system: You are a helpful assistant.
user:
Analyze the provided spectrum to determine if it is a **White Dwarf (WD)**.

A White Dwarf spectrum is defined by its **extreme purity** (due to gravitational settling) and/or **extreme pressure broadening** (due to high surface gravity). You must check for one of the following mutually exclusive signatures:

- **Key Visual Indicators (Check for ONE of these types):**

    - **1. DA-Type Signature (Most Common):**
        - **(Primary Feature):** Extreme pressure broadening (Stark broadening) of the **Hydrogen (H) Balmer lines**.
        - **(Key Lines):** $H\beta$ (approx. $4861$ Å) and $H\gamma$ (approx. $4340$ Å). $H\alpha$ (approx. $6563$ Å) will also be present if the wavelength range covers it.
        - **(Line Profile):** This is the **defining feature**. The lines are **NOT** sharp. They appear as massive, **extremely broad and deep "troughs" or "dips"** in the spectrum, often hundreds of Ångströms wide. The continuum will appear to "scoop" down at these wavelengths.
        - **(Distinction):** Normal A-type or B-type stars have *narrow* and *sharp* Hydrogen lines. A DA White Dwarf's lines are unmistakably "smeared" or "blurry" from pressure.

    - **2. DB-Type Signature:**
        - **(Primary Feature):** Broad absorption lines from **Neutral Helium (He I)**. The spectrum must lack any visible Hydrogen lines.
        - **(Key Lines):** Look for broad absorption near $4471$ Å, $4921$ Å, and $5876$ Å.
        - **(Line Profile):** These lines are also significantly pressure-broadened, appearing much wider than they would in a normal B-type main-sequence star.

    - **3. DC-Type Signature:**
        - **(Primary Feature):** A **featureless continuous spectrum**.
        - **(Line Profile):** The spectrum is a smooth curve with **no significant absorption or emission lines**.
        - **(Key Confirmation):** The continuum is almost always **blue or white**, indicating a hot object. This signature implies the atmosphere is so pure (or so cool) that no spectral lines are visible in the optical range. Its WD identity is confirmed by its extremely low intrinsic brightness (high absolute magnitude).

    - **4. DZ-Type Signature (Metal-Polluted):**
        - **(Primary Feature):** **Isolated, narrow metal absorption lines** on an otherwise featureless (DC-like) continuum.
        - **(Key Lines):** The **Calcium (Ca II) H & K doublet** (approx. **$3934$ Å** and **$3968$ Å**) is the most common and defining feature.
        - **(Line Profile):** These lines are "out of place." They are *not* part of a "forest" of thousands of lines. This signature is evidence of recent *accretion* (pollution) from rocky debris.
        - **(Distinction):** Normal G/K/M stars have a *dense forest* of thousands of metal lines. A DZ has a *clean* continuum with *only a few* strong metal lines.

    - **5. DQ-Type Signature (Carbon-Polluted):**
        - **(Primary Feature):** Absorption bands from **Carbon (C₂ "Swan Bands" or atomic C I)**.
        - **(Key Lines - C₂):** Look for bandheads with a "saw-tooth" shape near $5635$ Å, **$5165$ Å** (strongest), and $4737$ Å.
        - **(Key Confirmation):** The underlying **continuum must be blue or white** (hot).
        - **(Distinction):** This is the critical difference from a **Carbon Star**, which has the *exact same* C₂ bands but on an extremely **red, cool** continuum.

- **(Overall Spectrum):**
    - The continuum (overall shape) is typically **blue-sloping** (brighter in the blue than the red), as most white dwarfs are very hot.
    - The spectrum will look "pure" or "simple," dominated by only *one* of the five signatures listed above.

Think first, call **spectral_visualization_tool** if needed to examine features in detail, then provide your final answer. Your response must adhere to the following strict rules:
1.  **Overall Structure:** Your response must follow the format `<think>...</think> <tool_call>...</tool_call> (if a tool is used) <answer>...</answer>`.
2.  **Tool Usage Constraint:** You may only make **one** tool call per turn.
3.  **Final Answer Format:** In the `<answer>` tag, your conclusion must be inside a `\boxed{}` command (e.g., `\boxed{YES}` or `\boxed{NO}`), followed by your justification.

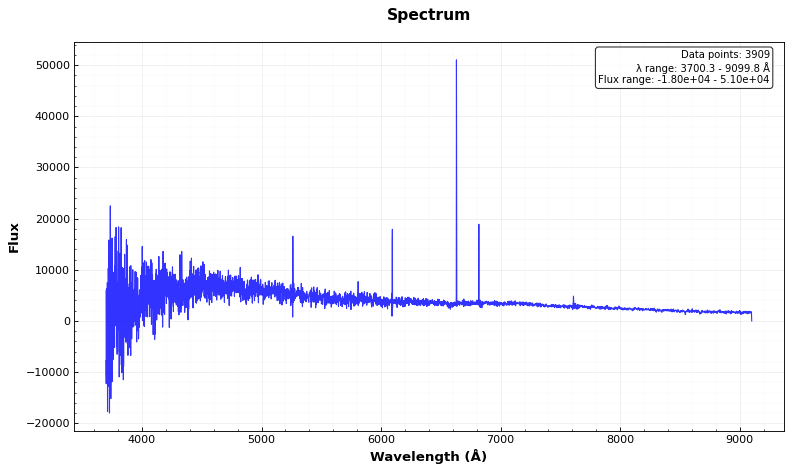
Answer: NO